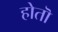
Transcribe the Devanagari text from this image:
होतॊ